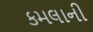
કમલાની